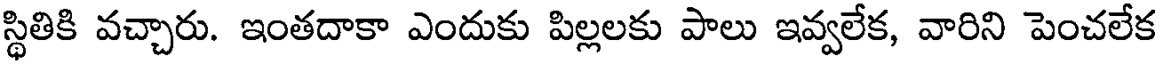
స్థితికి వచ్చారు. ఇంతదాకా ఎందుకు పిల్లలకు పాలు ఇవ్వలేక, వారిని పెంచలేక